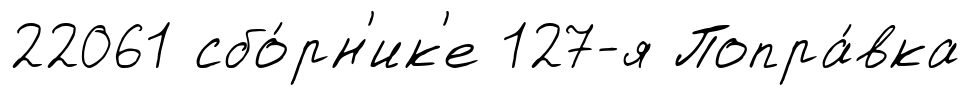
22061 сбо́рн'ик'е 127-я Попра́вка